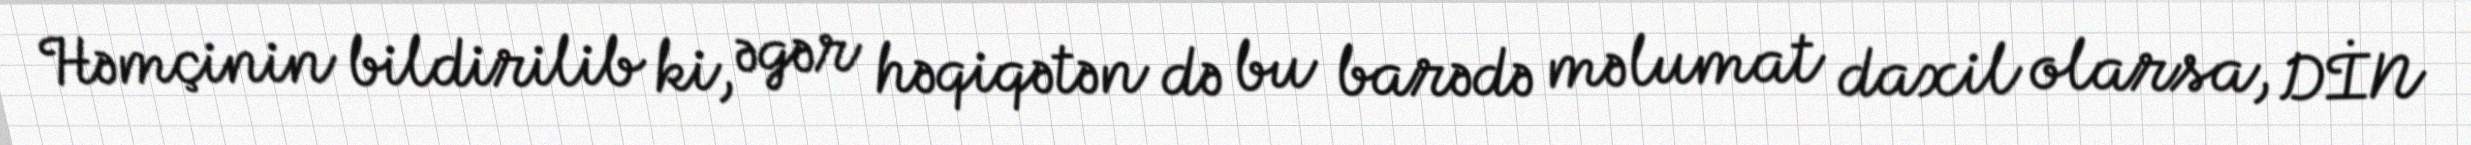
Həmçinin bildirilib ki, əgər həqiqətən də bu barədə məlumat daxil olarsa, DİN